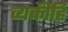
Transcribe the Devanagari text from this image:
व्यक्तींहि